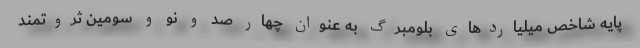
پایه شاخص میلیاردهای بلومبرگ به عنوان چهار صد و نو و سومین ثروتمند